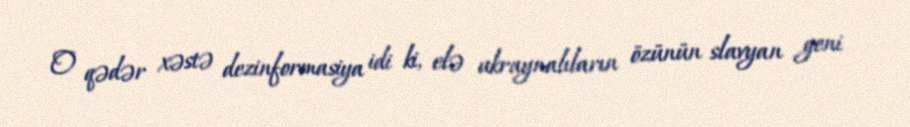
O qədər xəstə dezinformasiya idi ki, elə ukraynalıların özünün slavyan geni